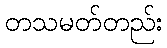
တသမတ်တည်း